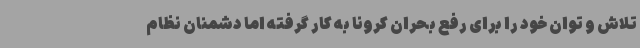
تلاش و توان خود را برای رفع بحران کرونا به کار گرفته اما دشمنان نظام